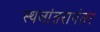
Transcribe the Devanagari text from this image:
स्थलांतरानंतर